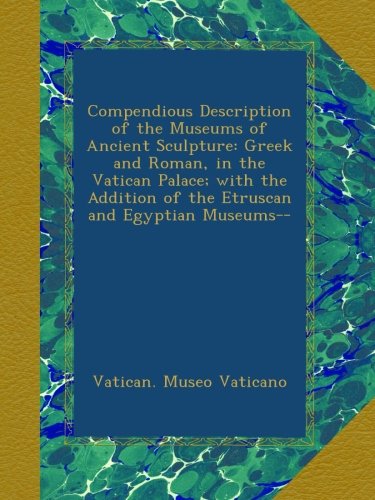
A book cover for Compendious Description of the Museums of Ancient Sculpture: Greek and Roman, in the Vatican Palace; with the Addition of the Etruscan and Egyptian Museums--; Vatican. Museo Vaticano; Travel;